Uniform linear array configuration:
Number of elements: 8
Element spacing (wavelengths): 0.5
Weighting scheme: kaiser
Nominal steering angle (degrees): -15
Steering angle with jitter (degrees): -14.639
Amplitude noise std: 0.05
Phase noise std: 0.05

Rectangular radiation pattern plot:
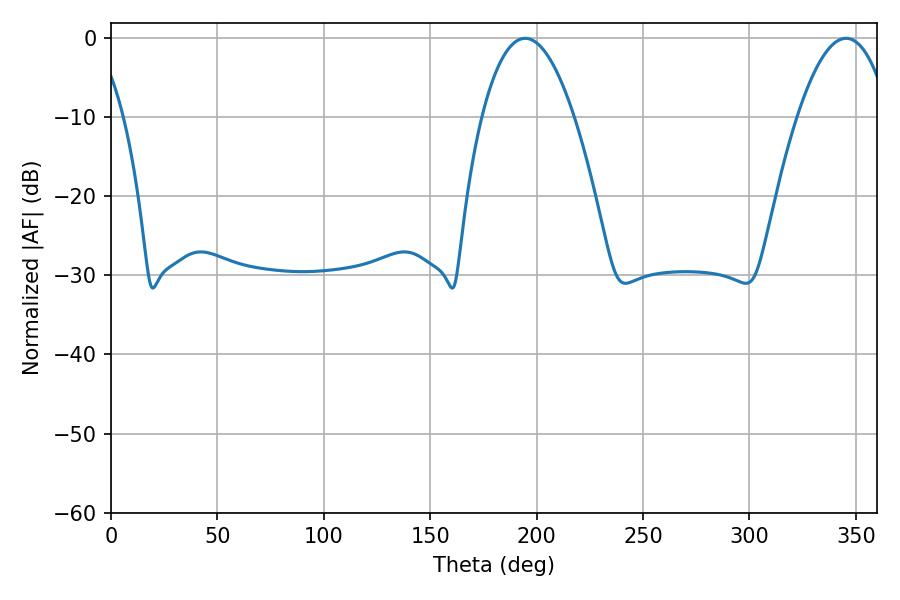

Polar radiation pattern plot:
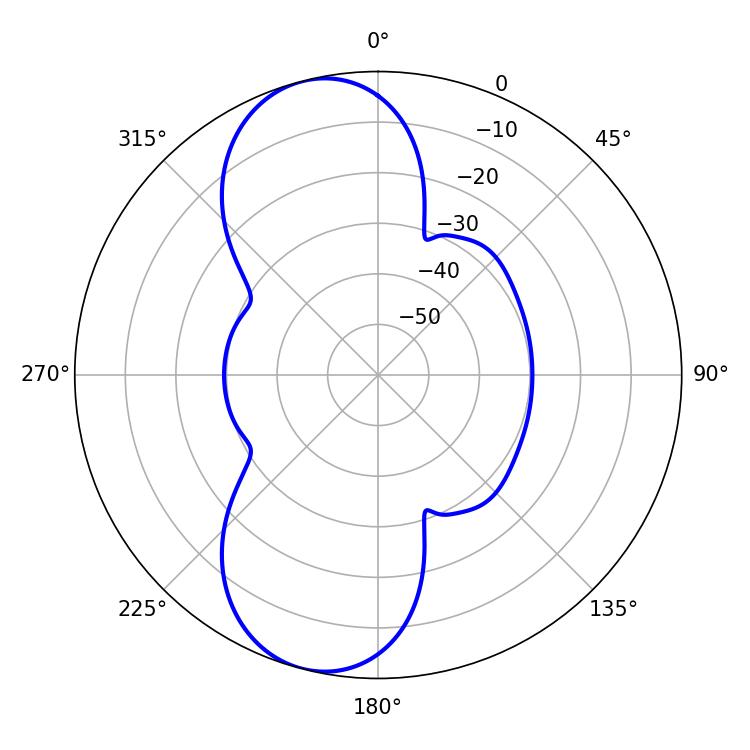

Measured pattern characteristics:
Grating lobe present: FALSE
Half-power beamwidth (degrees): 23.94
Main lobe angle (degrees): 194.58